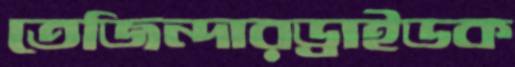
তেজিন্দারড্রাইডক